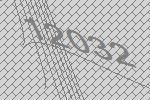
12032